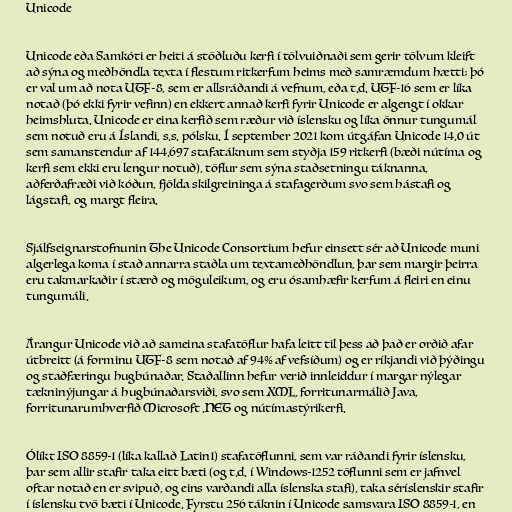
Unicode

Unicode eða Samkóti er heiti á stöðluðu kerfi í tölvuiðnaði sem gerir tölvum kleift
að sýna og meðhöndla texta í flestum ritkerfum heims með samræmdum hætti; þó
er val um að nota UTF-8, sem er allsráðandi á vefnum, eða t.d. UTF-16 sem er líka
notað (þó ekki fyrir vefinn) en ekkert annað kerfi fyrir Unicode er algengt í okkar
heimshluta. Unicode er eina kerfið sem ræður við íslensku og líka önnur tungumál
sem notuð eru á Íslandi, s.s. pólsku. Í september 2021 kom útgáfan Unicode 14.0 út
sem samanstendur af 144.697 stafatáknum sem styðja 159 ritkerfi (bæði nútíma og
kerfi sem ekki eru lengur notuð), töflur sem sýna staðsetningu táknanna,
aðferðafræði við kóðun, fjölda skilgreininga á stafagerðum svo sem hástafi og
lágstafi, og margt fleira.

Sjálfseignarstofnunin The Unicode Consortium hefur einsett sér að Unicode muni
algerlega koma í stað annarra staðla um textameðhöndlun, þar sem margir þeirra
eru takmarkaðir í stærð og möguleikum, og eru ósamhæfir kerfum á fleiri en einu
tungumáli.

Árangur Unicode við að sameina stafatöflur hafa leitt til þess að það er orðið afar
útbreitt (á forminu UTF-8 sem notað af 94% af vefsíðum) og er ríkjandi við þýðingu
og staðfæringu hugbúnaðar. Staðallinn hefur verið innleiddur í margar nýlegar
tækninýjungar á hugbúnaðarsviði, svo sem XML, forritunarmálið Java,
forritunarumhverfið Microsoft .NET og nútímastýrikerfi.

Ólíkt ISO 8859-1 (líka kallað Latin1) stafatöflunni, sem var ráðandi fyrir íslensku,
þar sem allir stafir taka eitt bæti (og t.d. í Windows-1252 töflunni sem er jafnvel
oftar notað en er svipuð, og eins varðandi alla íslenska stafi), taka séríslenskir stafir
í íslensku tvö bæti í Unicode. Fyrstu 256 táknin í Unicode samsvara ISO 8859-1, en